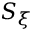
S _ { \xi }